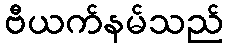
ဗီယက်နမ်သည်